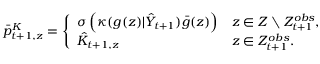
\begin{array} { r } { \bar { p } _ { t + 1 , z } ^ { K } = \left\{ \begin{array} { l l } { \sigma \left( \kappa ( g ( z ) | \hat { { \cal Y } } _ { t + 1 } ) \bar { g } ( z ) \right) } & { z \in { \cal Z } \setminus { \cal Z } _ { t + 1 } ^ { o b s } , } \\ { \hat { K } _ { t + 1 , z } } & { z \in { \cal Z } _ { t + 1 } ^ { o b s } . } \end{array} \right. } \end{array}